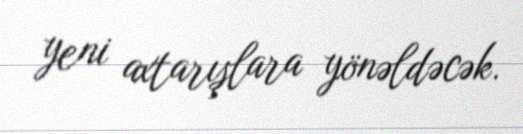
yeni axtarışlara yönəldəcək.